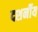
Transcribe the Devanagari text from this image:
दशर्नीय